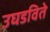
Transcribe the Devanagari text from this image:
उघडविते